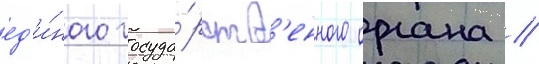
ед'и́ного госуда́рств'енного органа //